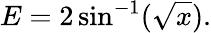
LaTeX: E=2\sin^{-1}({\sqrt{x}}).